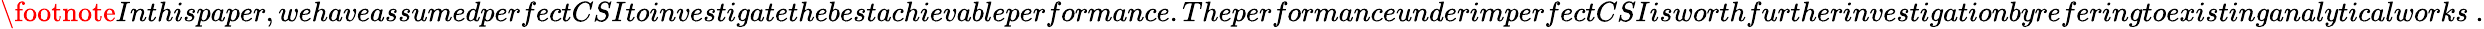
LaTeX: \footnote{Inthispaper,wehaveassumedperfectCSItoinvestigatethebestachievableperformance.TheperformanceunderimperfectCSIisworthfurtherinvestigationbyreferingtoexistinganalyticalworks~.}